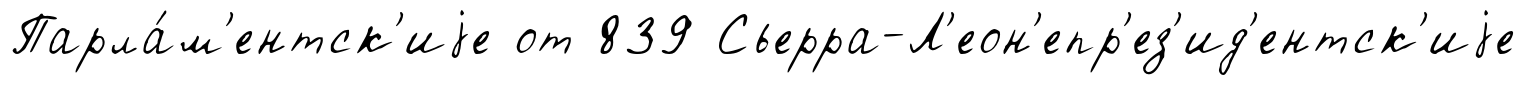
Парла́м'ентск'иjе от 839 Сьерра-Л'еон'епр'ез'ид'ентск'иjе